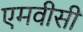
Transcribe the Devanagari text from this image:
एमवीसी